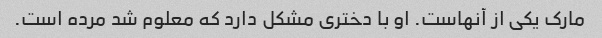
مارک یکی از آنهاست. او با دختری مشکل دارد که معلوم شد مرده است.